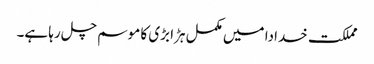
مملکت خدادا میں مکمل ہڑا بڑی کا موسم چل رہا ہے۔